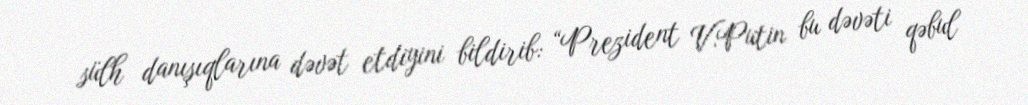
sülh danışıqlarına dəvət etdiyini bildirib: “Prezident V.Putin bu dəvəti qəbul